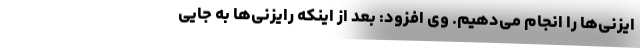
ایزنی‌ها را انجام می‌دهیم. وی افزود: بعد از اینکه رایزنی‌ها به جایی